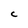
Character: C